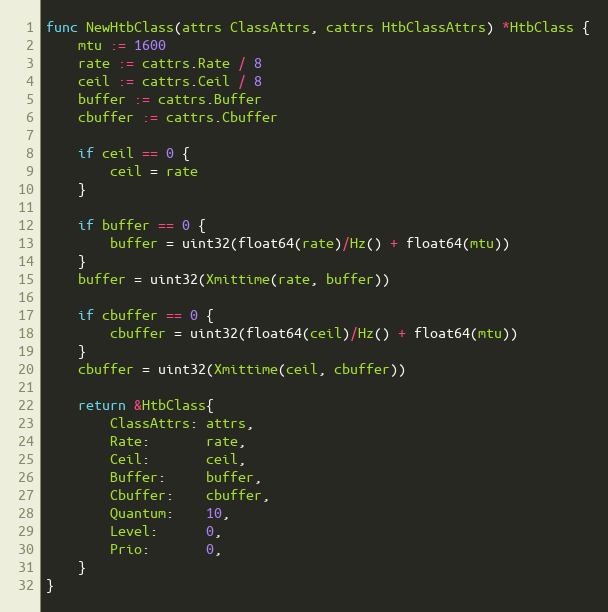
Language: Go
func NewHtbClass(attrs ClassAttrs, cattrs HtbClassAttrs) *HtbClass {
	mtu := 1600
	rate := cattrs.Rate / 8
	ceil := cattrs.Ceil / 8
	buffer := cattrs.Buffer
	cbuffer := cattrs.Cbuffer

	if ceil == 0 {
		ceil = rate
	}

	if buffer == 0 {
		buffer = uint32(float64(rate)/Hz() + float64(mtu))
	}
	buffer = uint32(Xmittime(rate, buffer))

	if cbuffer == 0 {
		cbuffer = uint32(float64(ceil)/Hz() + float64(mtu))
	}
	cbuffer = uint32(Xmittime(ceil, cbuffer))

	return &HtbClass{
		ClassAttrs: attrs,
		Rate:       rate,
		Ceil:       ceil,
		Buffer:     buffer,
		Cbuffer:    cbuffer,
		Quantum:    10,
		Level:      0,
		Prio:       0,
	}
}